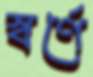
স্বর্ণে